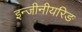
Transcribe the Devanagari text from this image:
इन्जीनीयरिङ